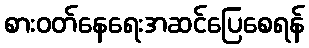
စားဝတ်နေရေးအဆင်ပြေစေရန်